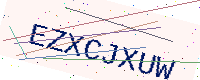
Text: EZXCJXUW